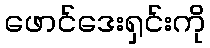
ဖောင်ဒေးရှင်းကို